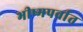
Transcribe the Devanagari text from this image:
भीष्मपर्वात